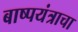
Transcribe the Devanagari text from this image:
बाष्पयंत्राचा